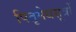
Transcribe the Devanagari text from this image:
पितृमेधसूत्रों